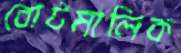
বোটমালিক